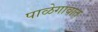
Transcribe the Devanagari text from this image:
पाळेगावात